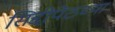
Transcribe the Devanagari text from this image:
सिद्दीपेठच्या